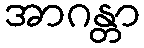
အာဂန္တာ